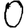
Digit: 0